Report of the Indian Hemp Drugs Commission, 1894-1895 - Volume I
Year: 1894
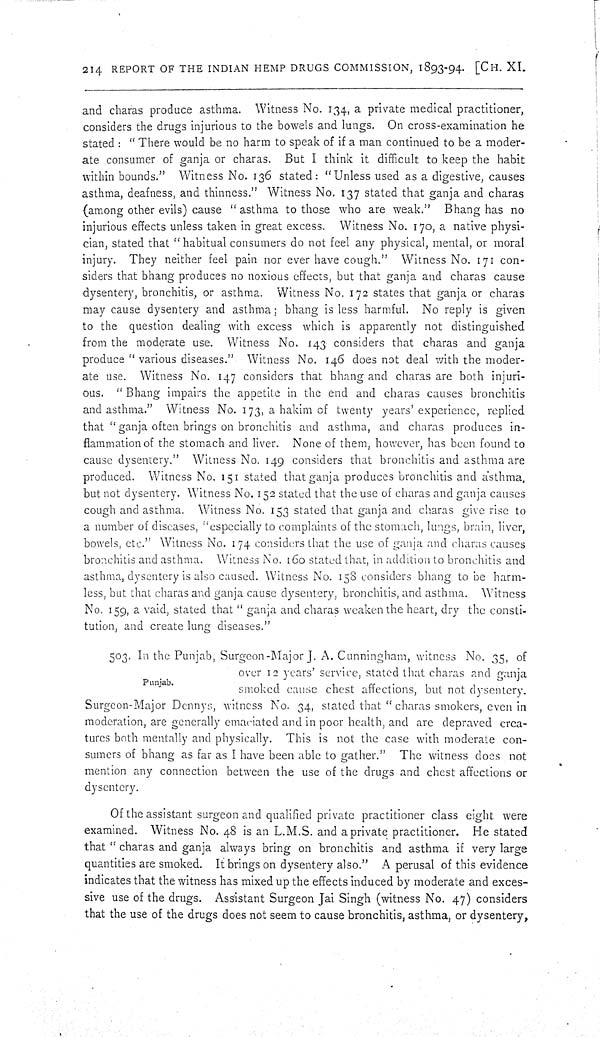
214 REPORT OF THE INDIAN HEMP DRUGS COMMISSION, 1893-94. [CH. XI.
and charas produce asthma. Witness No. 134, a private medical practitioner,
considers the drugs injurious to the bowels and lungs. On cross-examination he
stated: "There would be no harm to speak of if a man continued to be a moder-
ate consumer of ganja or charas. But I think it difficult to keep the habit
within bounds." Witness No. 136 stated: "Unless used as a digestive, causes
asthma, deafness, and thinness." Witness No. 137 stated that ganja and charas
(among other evils) cause "asthma to those who are weak." Bhang has no
injurious effects unless taken in great excess. Witness No. 170, a native physi-
cian, stated that "habitual consumers do not feel any physical, mental, or moral
injury. They neither feel pain nor ever have cough." Witness No. 171 con-
siders that bhang produces no noxious effects, but that ganja and charas cause
dysentery, bronchitis, or asthma. Witness No. 172 states that ganja or charas
may cause dysentery and asthma; bhang is less harmful. No reply is given
to the question dealing with excess which is apparently not distinguished
from the moderate use. Witness No. 143 considers that charas and ganja
produce "various diseases." Witness No. 146 does not deal with the moder-
ate use. Witness No. 147 considers that bhang and charas are both injuri-
ous. "Bhang impairs the appetite in the end and charas causes bronchitis
and asthma." Witness No. 173, a hakim of twenty years' experience, replied
that "ganja often brings on bronchitis and asthma, and charas produces in-
flammation of the stomach and liver. None of them, however, has been found to
cause dysentery." Witness No. 149 considers that bronchitis and asthma are
produced. Witness No. 151 stated that ganja produces bronchitis and asthma,
but not dysentery. Witness No. 152 stated that the use of charas and ganja causes
cough and asthma. Witness No. 153 stated that ganja and charas give rise to
a number of diseases, "especially to complaints of the stomach, lungs, brain, liver,
bowels, etc." Witness No. 174 considers that the use of ganja and charas causes
bronchitis and asthma. Witness No. 160 stated that, in addition to bronchitis and
asthma, dysentery is also caused. Witness No. 158 considers bhang to be harm-
less, but that charas and ganja cause dysentery, bronchitis, and asthma. Witness
No. 159, a vaid, stated that "ganja and charas weaken the heart, dry the consti-
tution, and create lung diseases."
Punjab.
503. In the Punjab, Surgeon-Major J. A. Cunningham, witness No. 35, of
over 12 years' service, stated that charas and ganja
smoked cause chest affections, but not dysentery.
Surgeon-Major Dennys, witness No. 34, stated that "charas smokers, even in
moderation, are generally emaciated and in poor health, and are depraved crea-
tures both mentally and physically. This is not the case with moderate con-
sumers of bhang as far as I have been able to gather." The witness does not
mention any connection between the use of the drugs and chest affections or
dysentery.
Of the assistant surgeon and qualified private practitioner class eight were
examined. Witness No. 48 is an L.M.S. and a private practitioner. He stated
that "charas and ganja always bring on bronchitis and asthma if very large
quantities are smoked. It brings on dysentery also." A perusal of this evidence
indicates that the witness has mixed up the effects induced by moderate and exces-
sive use of the drugs. Assistant Surgeon Jai Singh (witness No. 47) considers
that the use of the drugs does not seem to cause bronchitis, asthma, or dysentery,